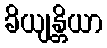
ခိယျန္တိယာ